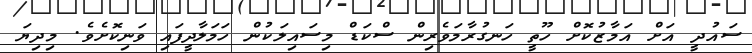
ސައުދީ އަށް އަމާޒުކޮށް ހޫތީ ހަނގުރާމަވެރިން ސްކަޑް މިސައިލަކުން ހަމަލާދީފައި ވަނިކޮށެވެ. މިދިޔަ